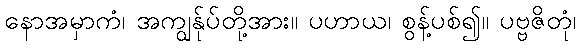
နောအမှာကံ၊ အကျွန်ုပ်တို့အား။ ပဟာယ၊ စွန့်ပစ်၍။ ပဗ္ဗဇိတုံ၊